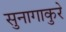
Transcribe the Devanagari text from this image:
सुनागाकुरे